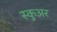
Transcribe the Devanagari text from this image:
स्कुअर